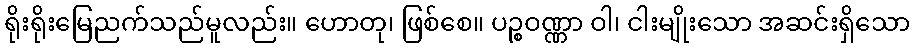
ရိုးရိုးမြေညက်သည်မူလည်း။ ဟောတု၊ ဖြစ်စေ။ ပဉ္စဝဏ္ဏာ ဝါ၊ ငါးမျိုးသော အဆင်းရှိသော